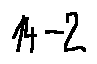
1 4 - 2